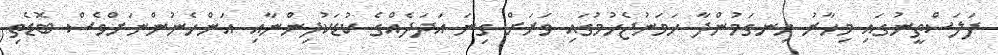
ފަލަސްތީނުގައި މިހާރު ހިނގަމުންދާ ހަމަނުޖެހުމުގައި ވަރަށް ގިނަ އަދަދެއްގެ ކުޑަކުދިންނާއި އަންހެނުންނަށްވެސް ބޮޑެތި